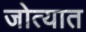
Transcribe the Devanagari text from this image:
जोत्यात